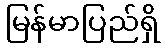
မြန်မာပြည်ရှိ